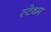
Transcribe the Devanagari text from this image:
स्टेथ्म